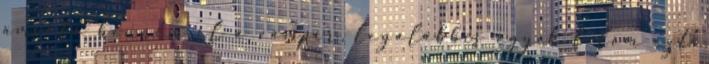
amióta bennem él a vámpír, legalábbis egyik felem ezt